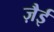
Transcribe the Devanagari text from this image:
ज़ैई